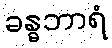
ခန္ဓဘာရံ